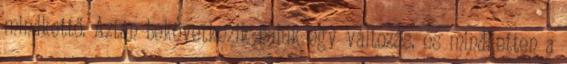
mindkettő. Aztán bekövetkezik náluk egy változás, és mindketten a